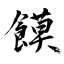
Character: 饃